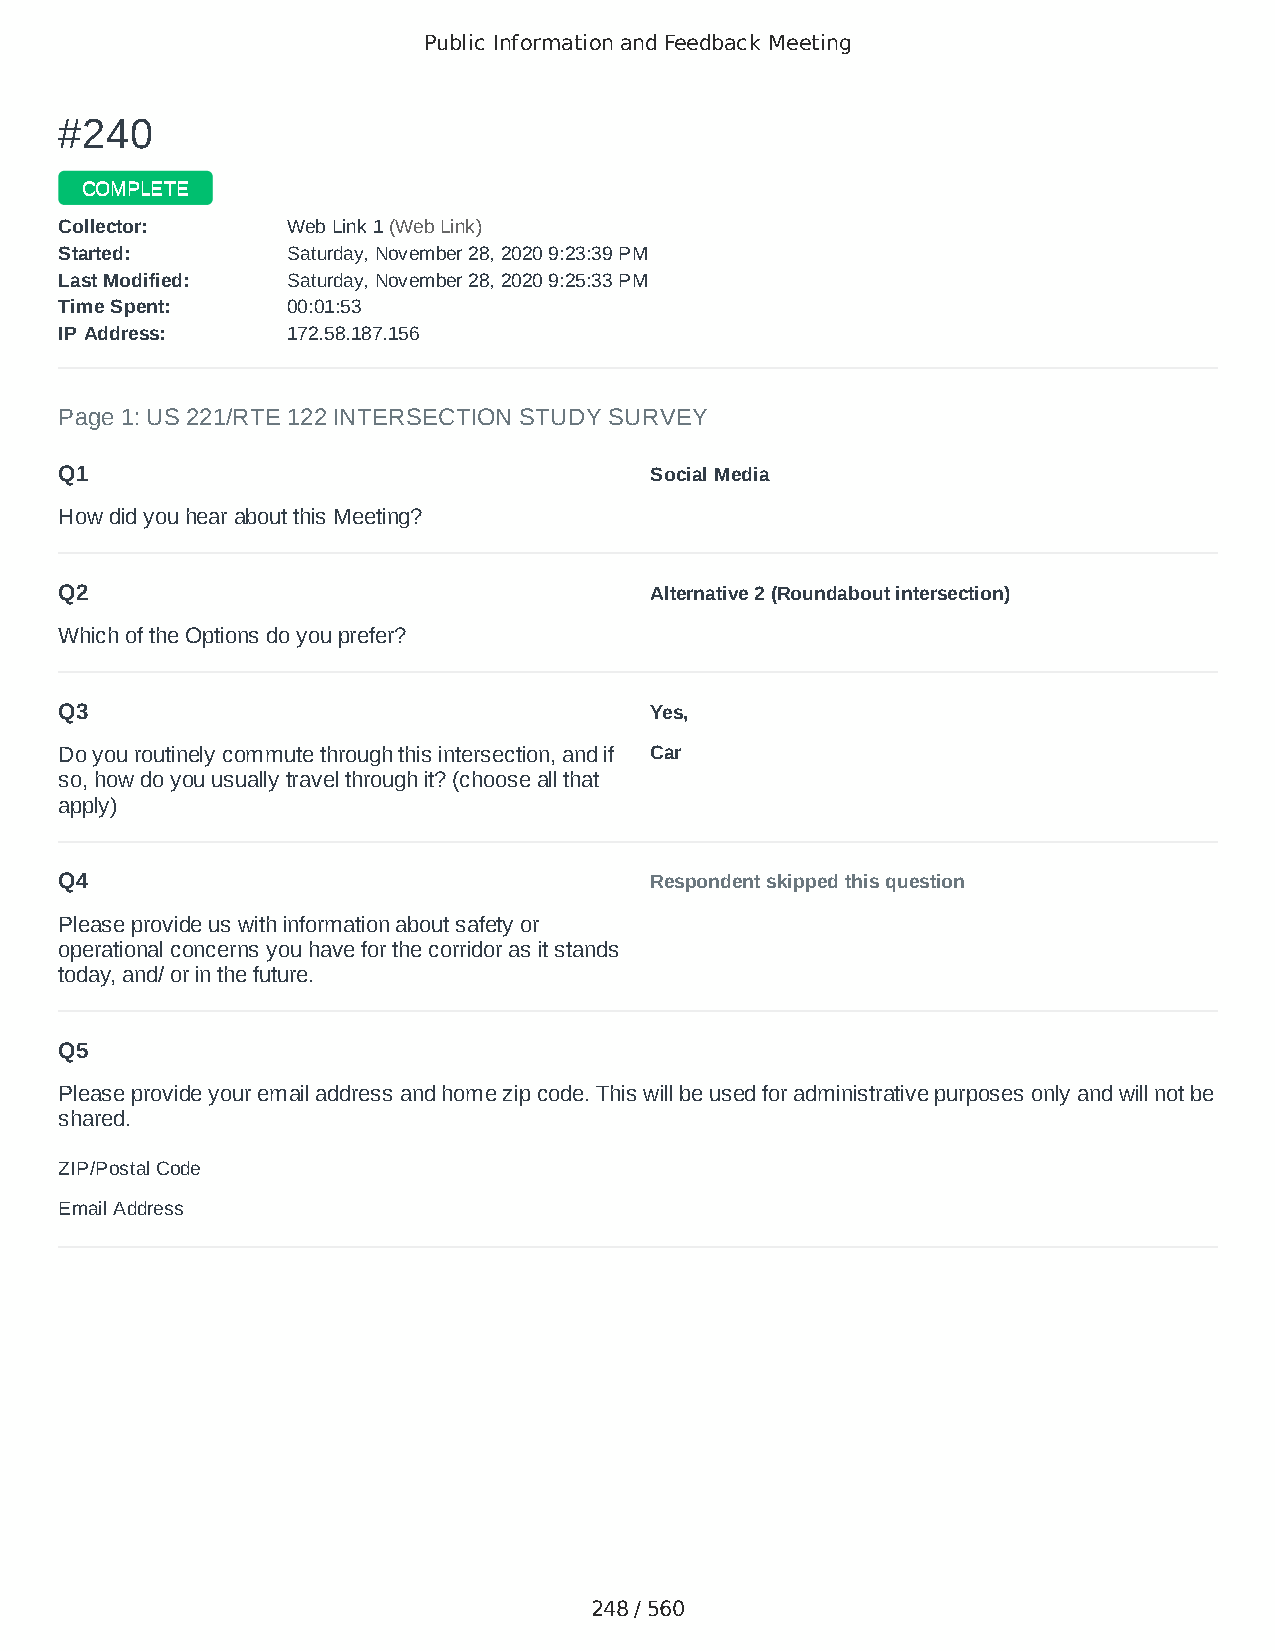
Public Information and Feedback Meeting
 ##224400
 CCOOMMPPLLEETTEE
 CCoolllleeccttoorr:: WWeebb LLiinnkk 11 ((WWeebb LLiinnkk))
 SSttaarrtteedd:: SSaattuurrddaayy,, NNoovveemmbbeerr 2288,, 22002200 99::2233::3399 PPMM
 LLaasstt MMooddiiffiieedd:: SSaattuurrddaayy,, NNoovveemmbbeerr 2288,, 22002200 99::2255::3333 PPMM
 TTiimmee SSppeenntt:: 0000::0011::5533
 IIPP AAddddrreessss:: 117722..5588..118877..115566
 Page 1: US 221/RTE 122 INTERSECTION STUDY SURVEY
 Q1                                     Social Media
 How did you hear about this Meeting?
 Q2                                     Alternative 2 (Roundabout intersection)
 Which of the Options do you prefer?
 Q3                                     Yes,
 Do you routinely commute through this intersection, and if Car
 so, how do you usually travel through it? (choose all that
 apply)
 Q4                                     Respondent skipped this question
 Please provide us with information about safety or
 operational concerns you have for the corridor as it stands
 today, and/ or in the future.
 Q5
 Please provide your email address and home zip code. This will be used for administrative purposes only and will not be
 shared.
 ZIP/Postal Code                        24523
 Email Address                          kdcox540@aol.com
 248 / 560